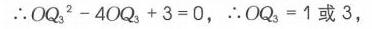
\(\therefore OQ_{3}^{2}-4OQ_{3} + 3 = 0\)，\(\therefore OQ_{3}=1\)或\(3\)，